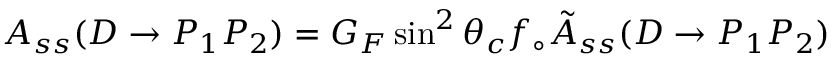
A _ { s s } ( D \rightarrow P _ { 1 } P _ { 2 } ) = G _ { F } \sin ^ { 2 } \theta _ { c } f _ { \circ } \tilde { A } _ { s s } ( D \rightarrow P _ { 1 } P _ { 2 } )